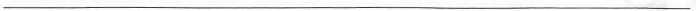
___